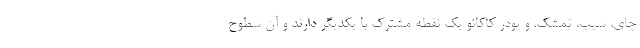
چای، سیب، تمشک، و پودر کاکائو یک نقطه مشترک با یکدیگر دارند و آن سطوح